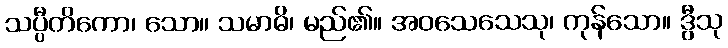
သပ္ပီတိကော၊ သော။ သမာဓိ၊ မည်၏။ အဝသေသေသု၊ ကုန်သော။ ဒွီသု